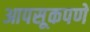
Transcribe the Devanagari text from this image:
आपसूकपणे